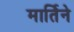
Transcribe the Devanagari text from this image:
मार्तिने